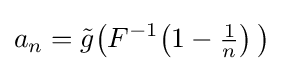
a_{n}={\tilde {g}}{\bigl (}F^{-1}\!\left(1-{\tfrac {1}{n}}\right){\bigr )}